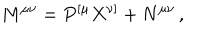
M ^ { \mu \nu } = P ^ { [ \mu } X ^ { \nu ] } + N ^ { \mu \nu } \, ,